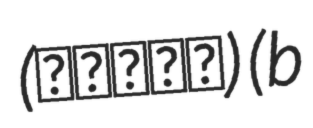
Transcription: (大久保和平) (b